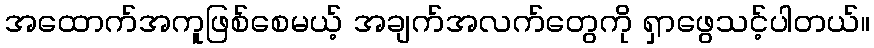
အထောက်အကူဖြစ်စေမယ့် အချက်အလက်တွေကို ရှာဖွေသင့်ပါတယ်။